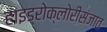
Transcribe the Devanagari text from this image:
हाइड्रोक्लोरीसंजात